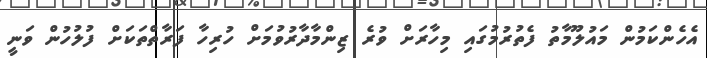
އެހެންކަމުން މައުލޫމާތު ފެތުރުމުގައި މިހާރަށް ވުރެ ޒިންމާދާރުވުމަށް ހުރިހާ ފަރާތްތަކަށް ފުލުހުން ވަނީ